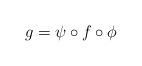
LaTeX: \begin{align*}g=\psi\circ f\circ\phi\end{align*}